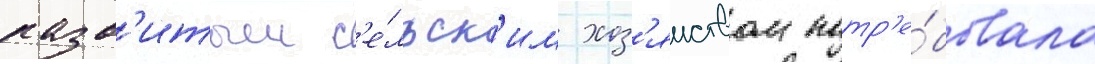
разв'итым с'е́льск'им хоз'яиством потр'е́бовала